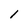
Character: 1